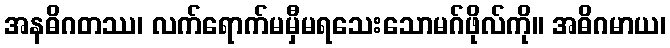
အနဓိဂတဿ၊ လက်ရောက်မမှီမရသေးသောမဂ်ဖိုလ်ကို။ အဓိဂမာယ၊